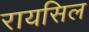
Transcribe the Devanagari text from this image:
रायसिल